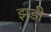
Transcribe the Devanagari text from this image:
झडी